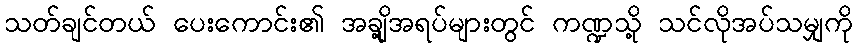
သတ်ချင်တယ် ပေးကောင်း၏ အချို့အရပ်များတွင် ကဏ္ဍသို့ သင်လိုအပ်သမျှကို